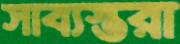
সাব্যস্তরা